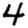
Digit: 4